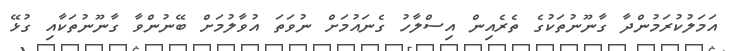
އަމަލުކުރަމުންދާ ގާނޫނުތަކުގެ ތެރެއިން އިސްލާހު ގެނައުމަށް ނުވަތަ އުވާލުމަށް ބޭނުންވާ ގާނޫނުތަކާއި ގުޅޭ